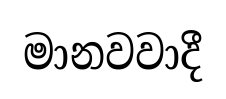
මානවවාදී